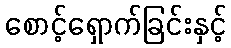
စောင့်ရှောက်ခြင်းနှင့်